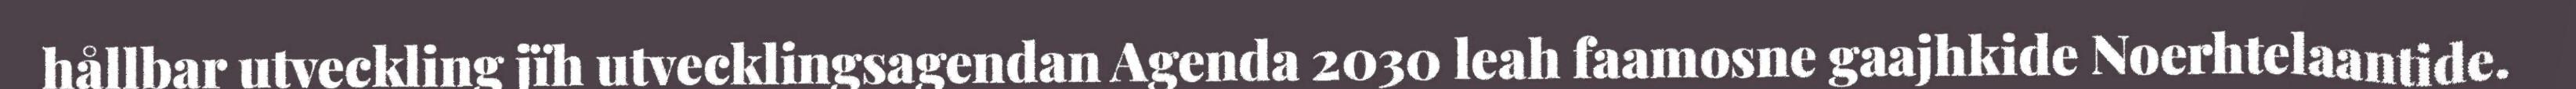
hållbar utveckling jïh utvecklingsagendan Agenda 2030 leah faamosne gaajhkide Noerhtelaantide.